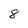
Character: 8